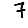
Digit: 7